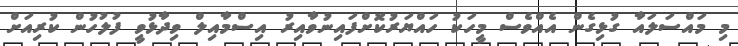
މި މައްސަލައާ ގުޅިގެން އެއްވެސް މީހަކު ހައްޔަރުކޮށްފައިނުވާއިރު އިސްމާއިލް ވިދާޅުވީ ފުލުހުން ކުރިއަށް